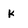
Character: K